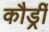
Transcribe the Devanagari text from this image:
कौर्ड्री